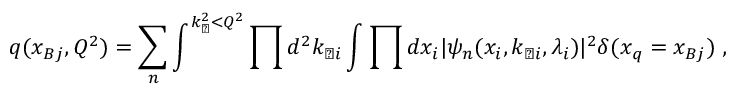
q ( x _ { B j } , Q ^ { 2 } ) = \sum _ { n } \int ^ { k _ { \perp } ^ { 2 } < Q ^ { 2 } } \prod d ^ { 2 } k _ { \perp i } \int { \prod d x _ { i } } \vert \psi _ { n } ( x _ { i } , k _ { \perp i } , \lambda _ { i } ) \vert ^ { 2 } \delta ( x _ { q } = x _ { B j } ) \; ,